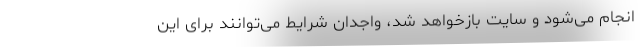
انجام می‌شود و سایت بازخواهد شد، واجدان شرایط می‌توانند برای این